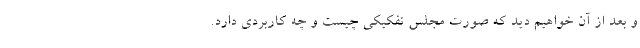
و بعد از آن خواهیم دید که صورت مجلس تفکیکی چیست و چه کاربردی دارد.